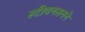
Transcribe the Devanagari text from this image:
स्टीवनसनने